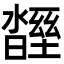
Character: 𣍒